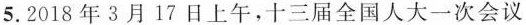
5. 2018年3月17日上午，十三届全国人大一次会议